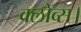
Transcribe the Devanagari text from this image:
क्लोव्स।